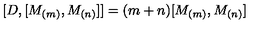
\lbrack D , [ M _ { ( m ) } , M _ { ( n ) } ] ] = ( m + n ) [ M _ { ( m ) } , M _ { ( n ) } ]